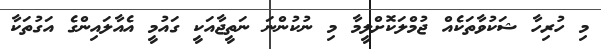
މި ހުރިހާ ޝަކުވާތަކެއް ޖުމްލަކޮށްލީމާ މި ނުކުންނަ ނަތީޖާއަކީ ގައުމީ އެއާލައިންގެ އަގުތަކާ